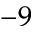
^ { - 9 }